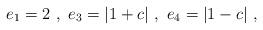
LaTeX: \begin{align*}e_1 = 2~,~ e_3 = |1+c|~,~e_4 = |1-c|~,\end{align*}